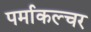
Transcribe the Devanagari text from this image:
पर्माकल्चर